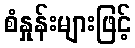
စံနှုန်းများဖြင့်